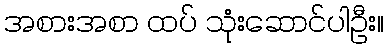
အစားအစာ ထပ် သုံးဆောင်ပါဦး။